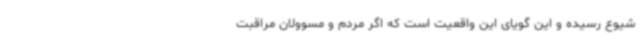
شیوع رسیده و این گویای این واقعیت است که اگر مردم و مسوولان مراقبت